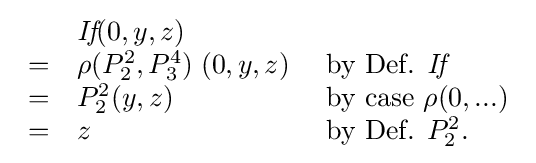
{\begin{array}{lll}&{\textit {If}}(0,y,z)\\=&\rho (P_{2}^{2},P_{3}^{4})\;(0,y,z)&{\text{ by Def. }}{\textit {If}}\\=&P_{2}^{2}(y,z)&{\text{ by case }}\rho (0,...)\\=&z&{\text{ by Def. }}P_{2}^{2}.\\\end{array}}